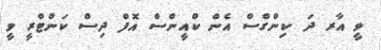
ވީ އާރ ދަ ކިންގްސް އެން ކްއީންސް އޮފް ދިސް ކަންޓްރީ ވީ